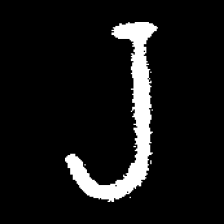
Pyu character \u2014 Myanmar letter: ရ (romanized: ra)